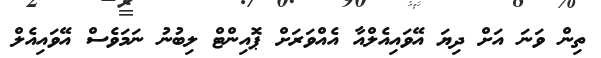
ތިން ވަނަ އަށް ދިޔަ އޭވައިއެލްއާ އެއްވަރަށް ޕޮއިންޓް ލިބުނު ނަމަވެސް އޭވައިއެލް